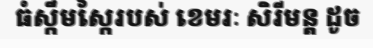
ធំស្កឹមស្កៃរបស់ ខេមរៈ សិរីមន្ត ដូច